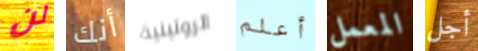
لن أنك الروتينية أعلم المعمل أجل